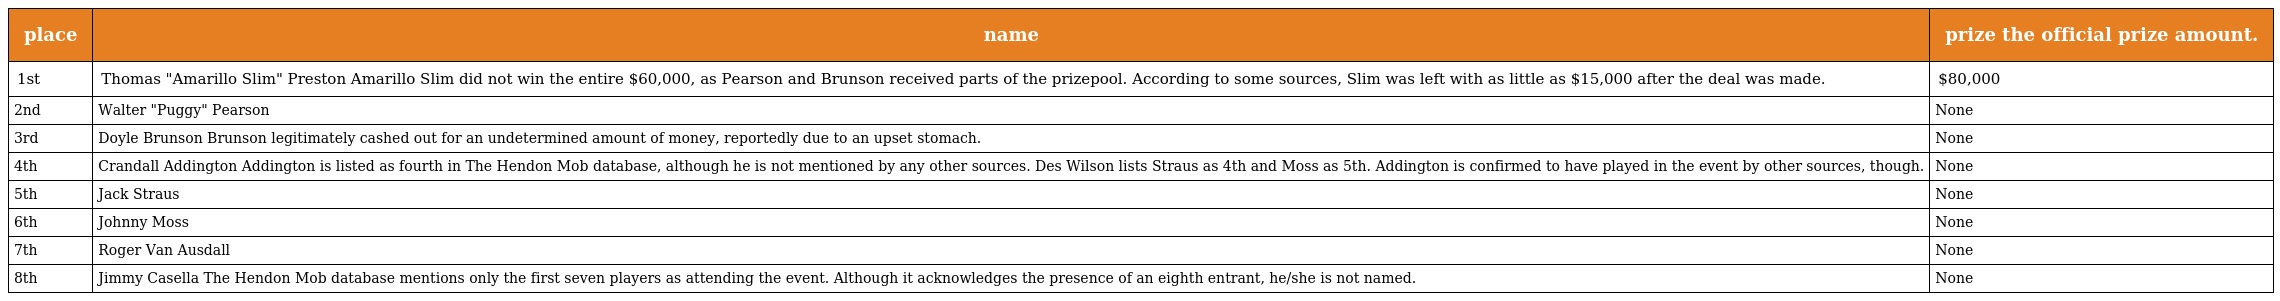
| place | name | prize the official prize amount. |
 | --- | --- | --- |
 | 1st | Thomas "Amarillo Slim" Preston Amarillo Slim did not win the entire $60,000, as Pearson and Brunson received parts of the prizepool. According to some sources, Slim was left with as little as $15,000 after the deal was made. | $80,000 |
 | 2nd | Walter "Puggy" Pearson | None |
 | 3rd | Doyle Brunson Brunson legitimately cashed out for an undetermined amount of money, reportedly due to an upset stomach. | None |
 | 4th | Crandall Addington Addington is listed as fourth in The Hendon Mob database, although he is not mentioned by any other sources. Des Wilson lists Straus as 4th and Moss as 5th. Addington is confirmed to have played in the event by other sources, though. | None |
 | 5th | Jack Straus | None |
 | 6th | Johnny Moss | None |
 | 7th | Roger Van Ausdall | None |
 | 8th | Jimmy Casella The Hendon Mob database mentions only the first seven players as attending the event. Although it acknowledges the presence of an eighth entrant, he/she is not named. | None |